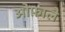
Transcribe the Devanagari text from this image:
ओफ़ाले